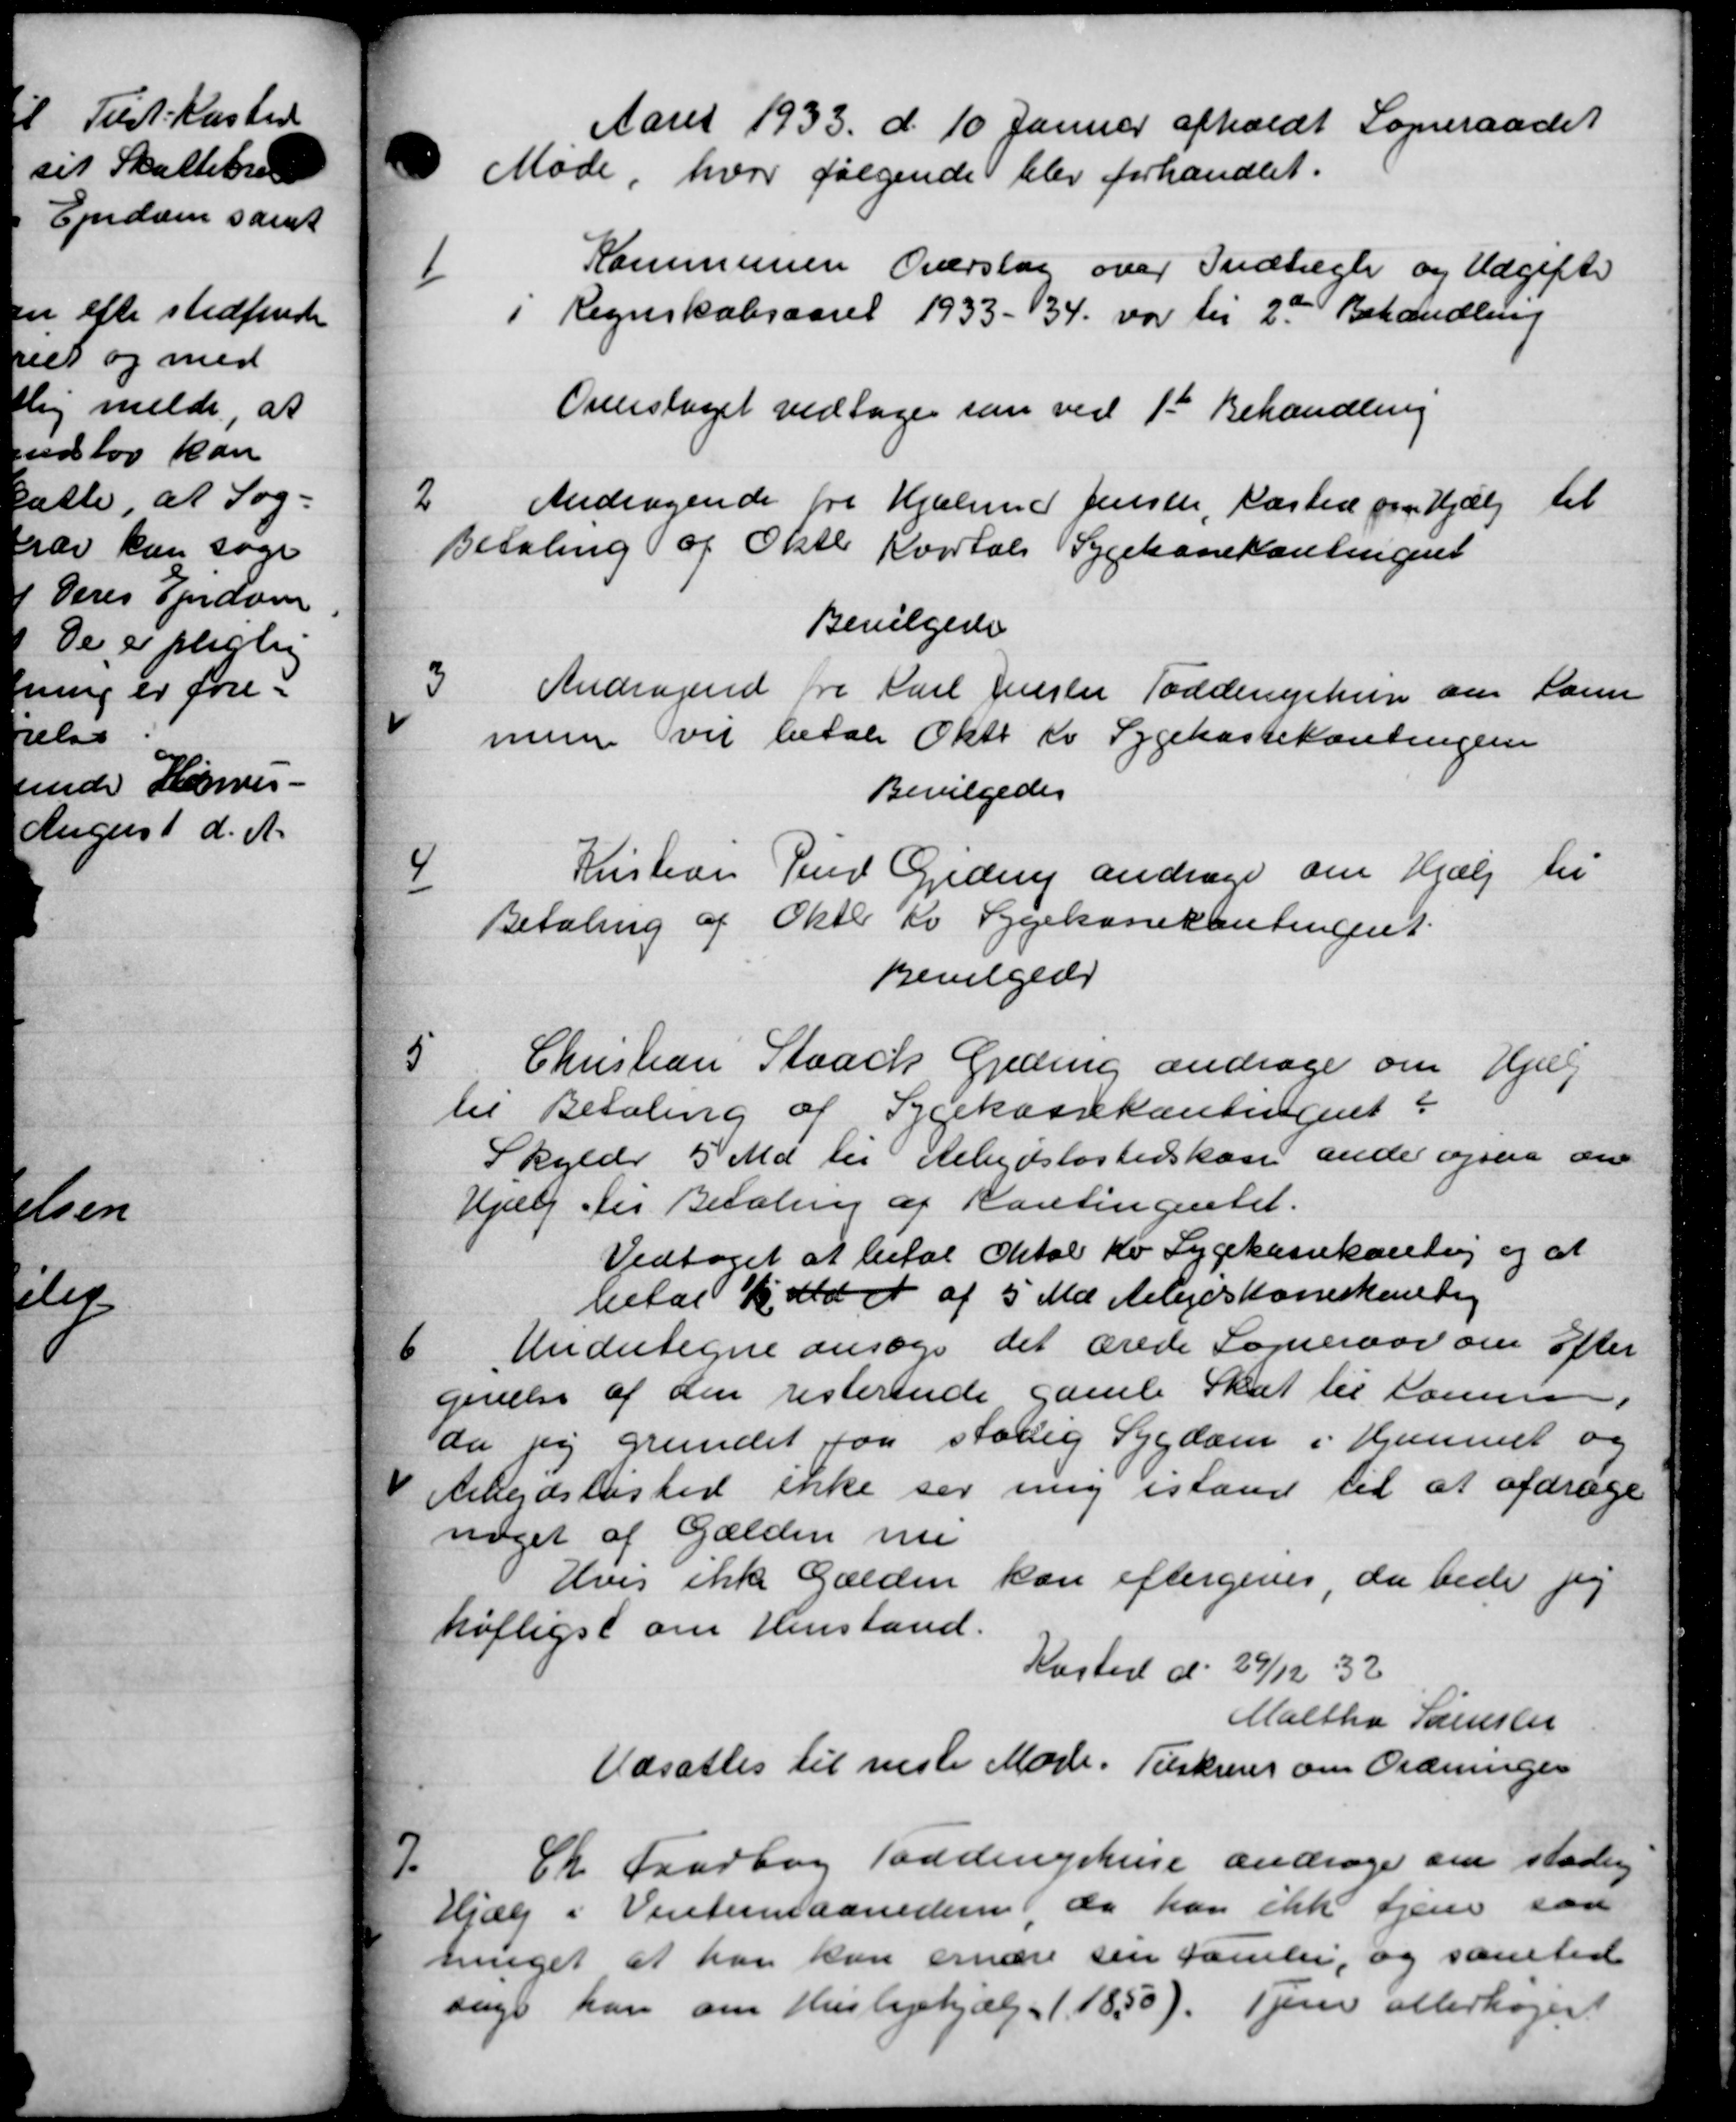
Transskription:
Aaret 1933 d. 10 Januar afholdt Sogneraadet
Møde, hvor følgende blev forhandlet.
1
Kommunen Overslag over Indtægte og Udgifter
i Regnskabsaaret 1933 – 34 var til 2de Behandling
Overslaget vedtages som ved 1ste Behandling
2
Andragende fra Hjelmed Jensen, Næsted om Hjælp til
Betaling af Oktb Kvartals Sygekassekontingent
Bevilgede
3
Andragende fra Karl Jensen Todderuphus om Soren
munen vil betale Okto er Sygekassekontingen
Bevilgedes
4
Kristine Per Gjedrup andrage om Hjælp til
Betaling af Oktb Kv Sygekassekontingent.
Bevilgede
5
Christian Staack Geding andrage om Hjælp
til Betaling af Sygekassekontingent
Skylder 5 Md. til Arbejdsløshedskasse ander ogsaa om
Hjælp til Betaling af Kontingentet.
Vedtoges at betal Oktob Kv Sygekassekonting og at
betal 15 Md. at af 5 Ma ledskomskontig
6
Undertegne ansøge det ærede Sogneraad om Efter
givelse af den resterende gamle Skat til samme
da jeg grundet for stolig Sygdom i Hjemmet og
Arbejdsløshed ikke ser mig istand til at afdrage
noget af Gælden nu
Hvis ikke gælden kan eftergives, da bede jeg
høfligst om Henstand.
Kasted d. 29/12 32
Maltha Sørenseen
Udsattes til næste Møde. Tilskreves om Ordninger
7.
Ch. Fradborg Taddingshuse andrager om stadig
Hjælp i Vintermaanedern, da han ikke tjene saa
ninget at han kan ernære sin Familie, og samtid
sage kan om Huslejehjælp (1850). Tjene allerhøjer.